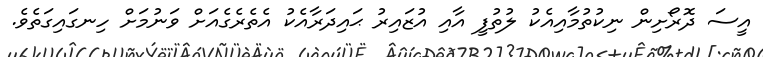
އީސަ ދޮރޯށިން ނިކުތުމާއިއެކު ލުތުފީ އާއި އުޒައިރު ޙައިދަރާއެކު އެތެރެގެއަށް ވަނުމަށް ހިނގައިގަތެވެ.